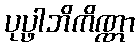
ပုပ္ဖါဘိကိဏ္ဏာ